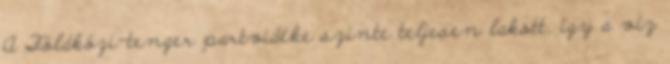
A Földközi-tenger partvidéke szinte teljesen lakott, így a víz